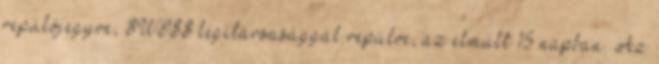
repülőjegyre, SWISS légitársasággal repülve, az elmúlt 15 napban. Az